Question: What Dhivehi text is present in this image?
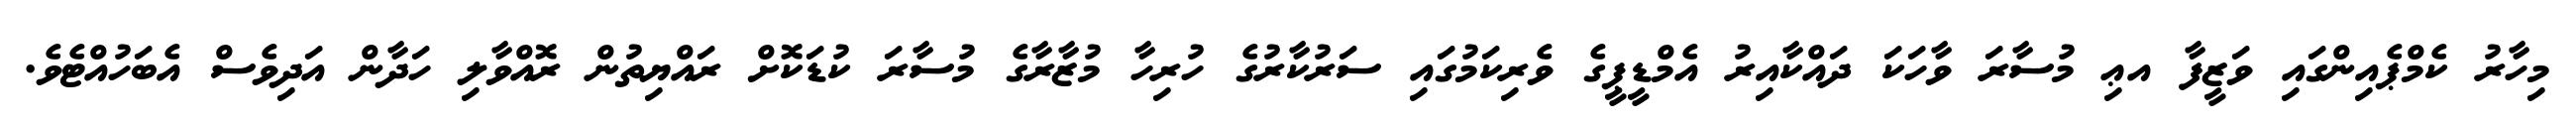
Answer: މިހާރު ކެމްޕެއިންގައި ވަޒީފާ އޢި މުސާރަ ވާހަކަ ދައްކާއިރު އެމްޑީޕީގެ ވެރިކަމުގައި ސަރުކާރުގެ ހުރިހާ މުޒާރާގެ މުސާރަ ކުޑަކޮށް ރައްޔިތުން ރޮއްވާލި ހަދާން އަދިވެސް އެބަހުއްޓެވެ.